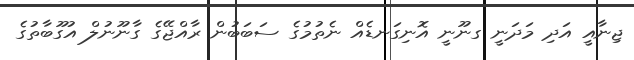
ޖިނާއީ އަދި މަދަނީ ގނޫނީ އޮނިގަނޑެއް ނެތުމުގެ ސަބަބުން ރާއްޖޭގެ ގާނޫނުލް އުގޫބާތުގެ